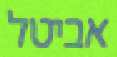
אביטל